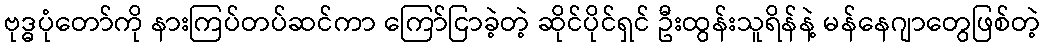
ဗုဒ္ဓပုံတော်ကို နားကြပ်တပ်ဆင်ကာ ကြော်ငြာခဲ့တဲ့ ဆိုင်ပိုင်ရှင် ဦးထွန်းသူရိန်နဲ့ မန်နေဂျာတွေဖြစ်တဲ့